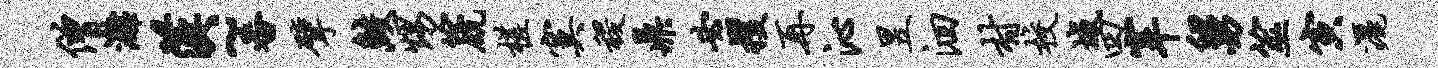
僧漓汉~番擘鲛甥篪槎寞稷鼎必攫再沁昱洄村校城四宰舅筮寅洒